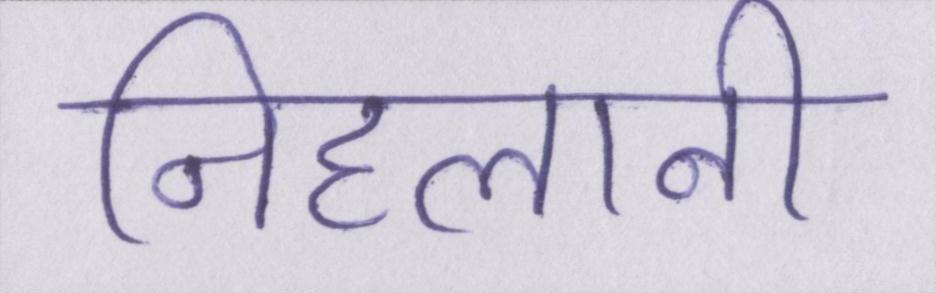
निहलानी